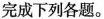
完成下列各题。